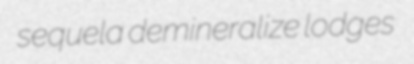
sequela demineralize lodges